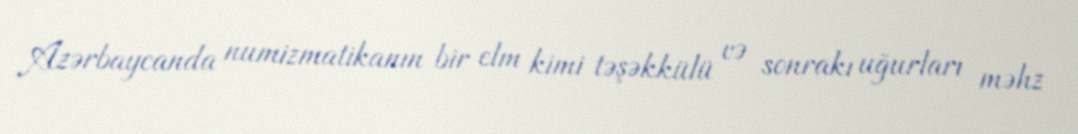
Azərbaycanda numizmatikanın bir elm kimi təşəkkülü və sonrakı uğurları məhz